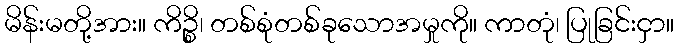
မိန်းမတို့အား။ ကိဉ္စိ၊ တစ်စုံတစ်ခုသောအမှုကို။ ကာတုံ၊ ပြုခြင်းငှာ။